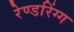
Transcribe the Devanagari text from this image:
रेण्डरिंग्ग